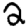
Digit: 2